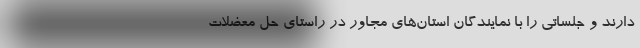
دارند و جلساتی را با نمایندگان استان‌های مجاور در راستای حل معضلات